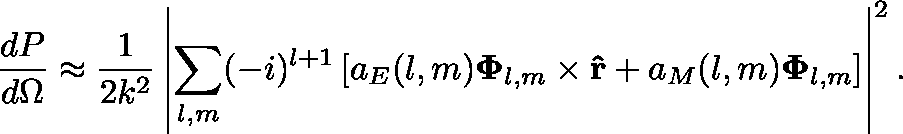
{ \frac { d P } { d \Omega } } \approx { \frac { 1 } { 2 k ^ { 2 } } } \left| \sum _ { l , m } ( - i ) ^ { l + 1 } \left[ a _ { E } ( l , m ) \mathbf { \Phi } _ { l , m } \times \mathbf { \hat { r } } + a _ { M } ( l , m ) \mathbf { \Phi } _ { l , m } \right] \right| ^ { 2 } .